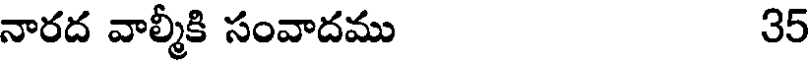
నారద వాల్మీకి సంవాదము 35